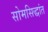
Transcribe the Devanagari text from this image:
सोमसिद्धांत